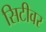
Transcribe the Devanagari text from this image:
सिटीवर